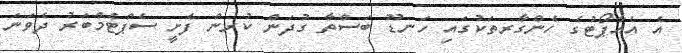
އެ އެއާޕޯޓުގެ ހެންގާރތަކުގައި ހަނޑޫ ބަސްތާ ގުދަން ކުރން ފެށީ ސެޕްޓެމްބަރު ދެވަނަ